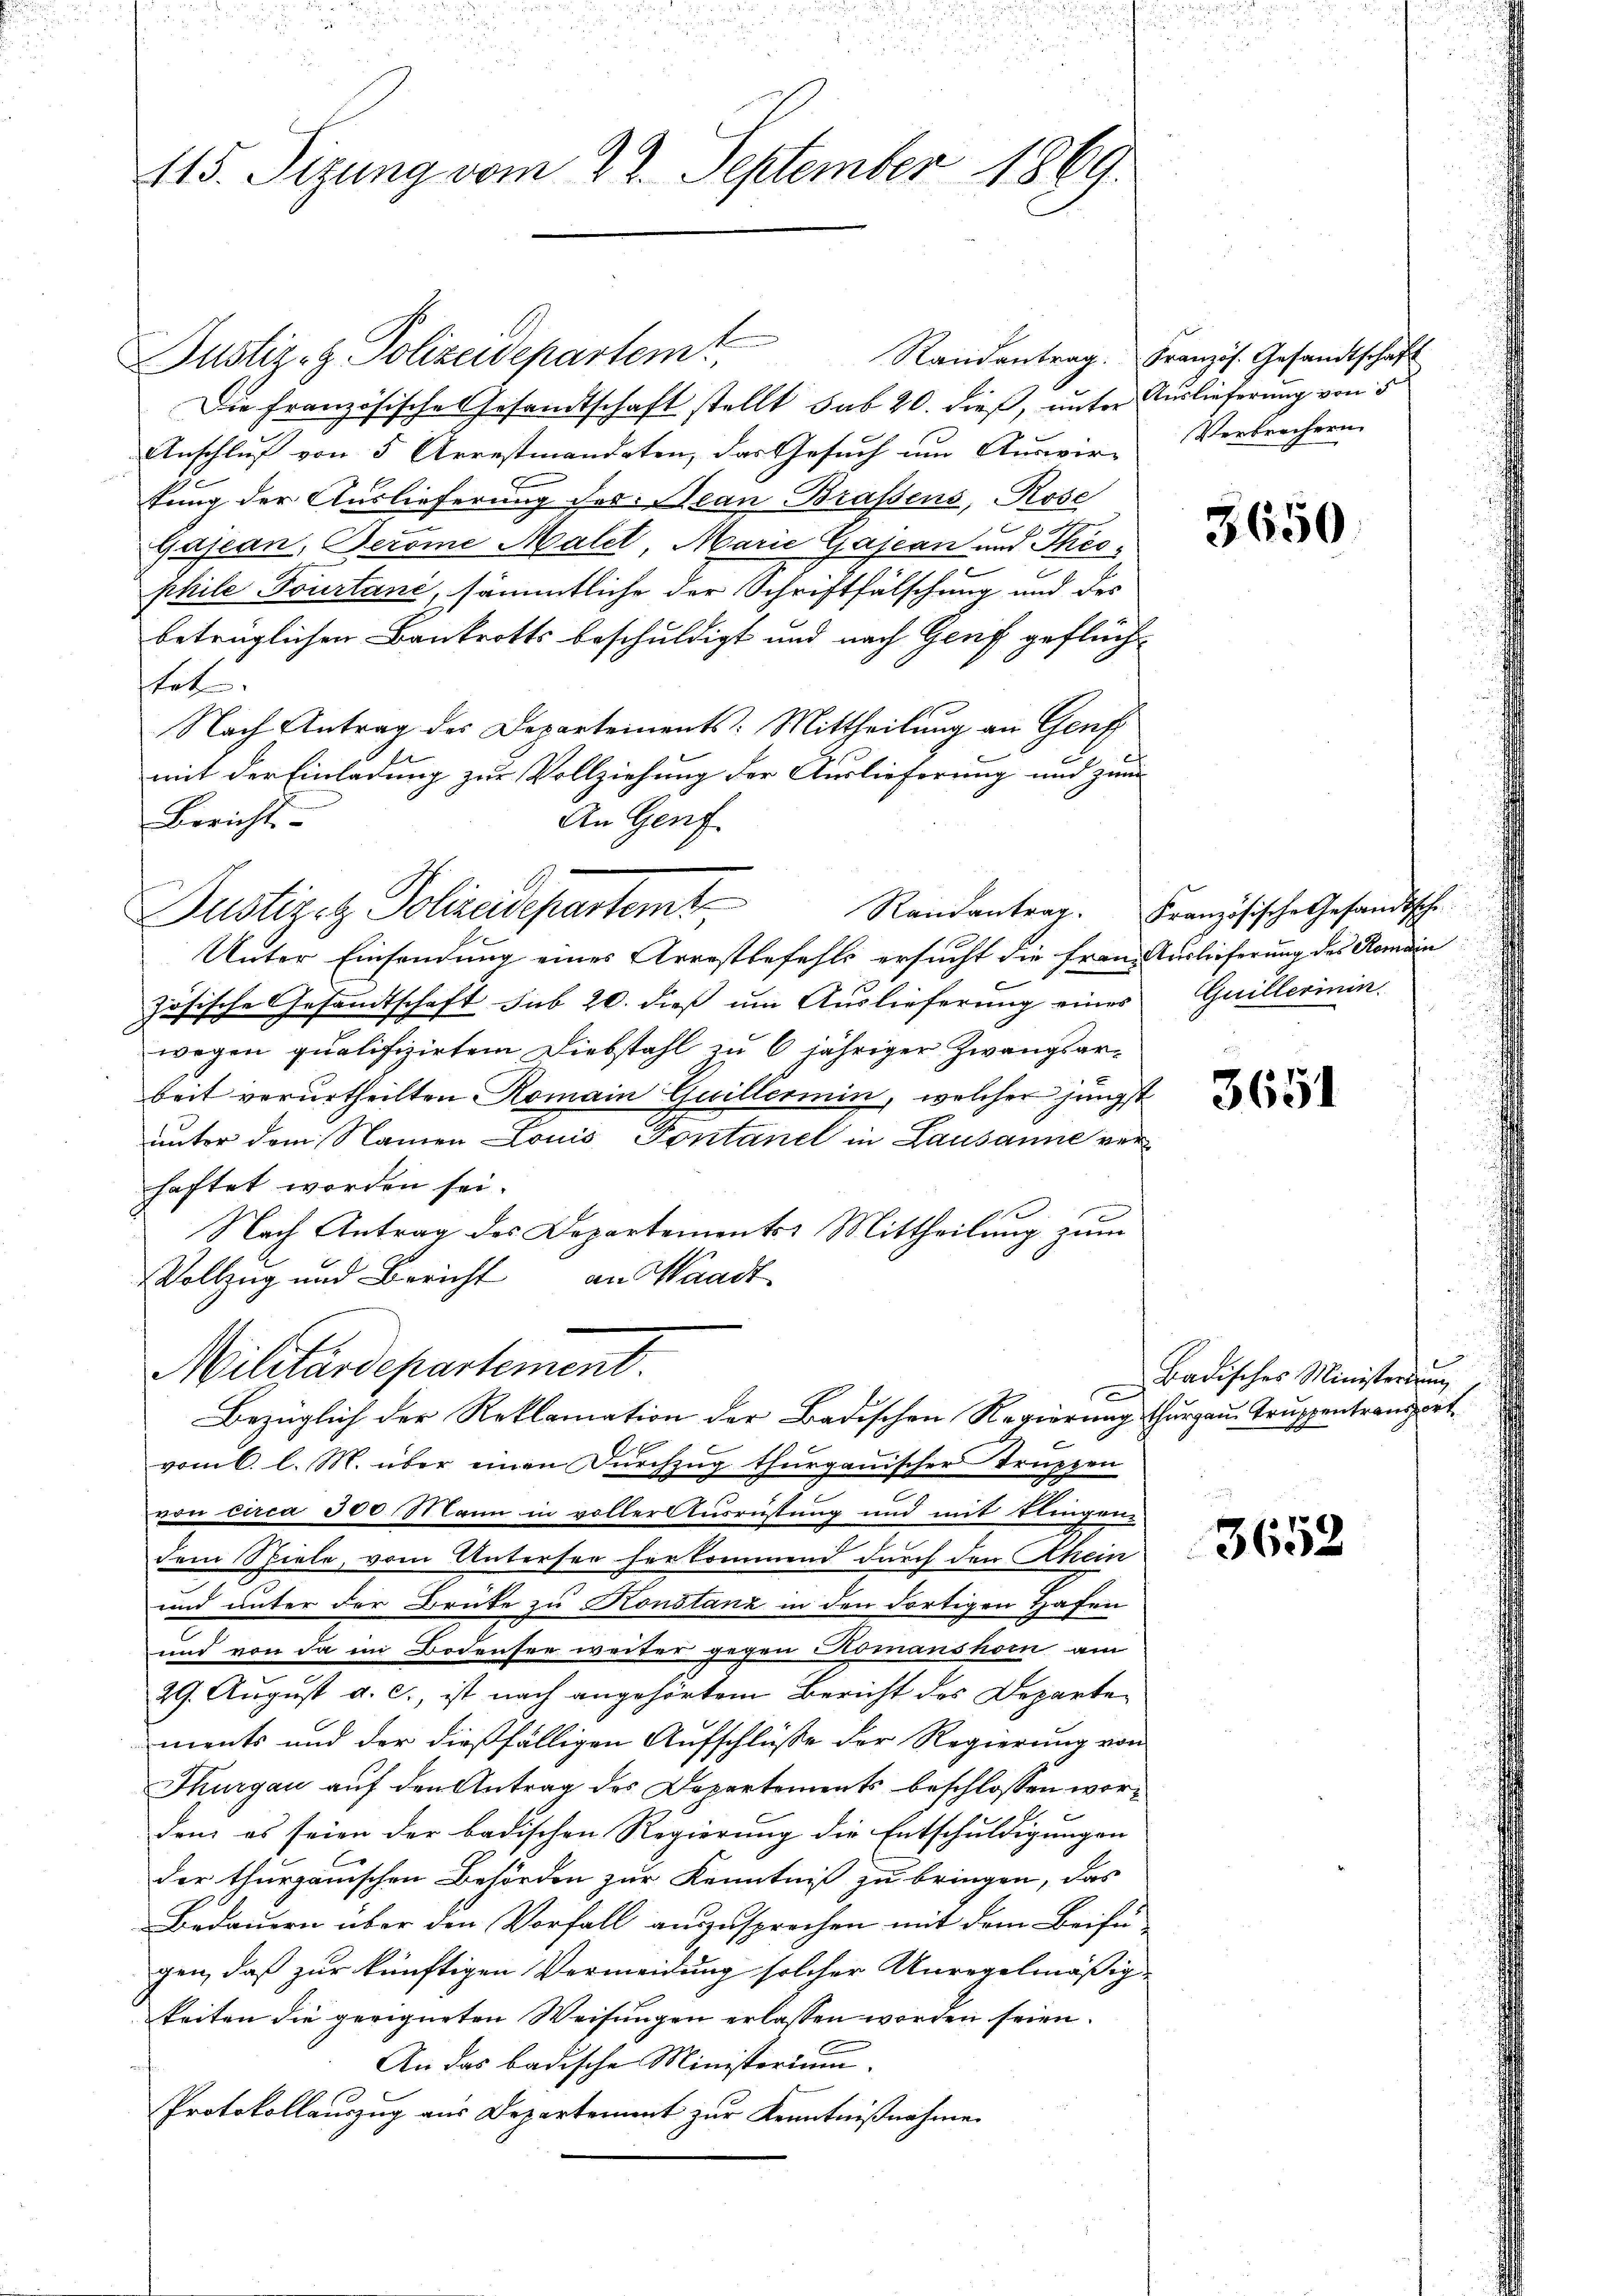
415. Sizung vom 22. September 1869.

Justiz- & Polizeidepartemt.
Die Französische Gesandtschaft stellt sub 20. dieß, unter Auslieferung von 5
Anschluß von 5 Arrestmandaten, das Gesuch um Auswir-
tung der Auslieferung des Jean Brassens, Rose
Gajean, Berome Malet, Marie Gajean und Theo-
phile Tourtani, sämmtliche der Schriftfälschung und der
betrüglichen Bankrotts beschuldigt und nach Genf geflüchtet.
Nach Antrag des Departements: Mittheilung an Genf
mit der Einladung zur Vollziehung der Auslieferung und zum
Berichts-
An Genf.
Unter Einsendung eines Arrestbefehls ersucht die franz Auslieferung des Romain
6
zösische Gesandtschaft sub 20. dieß um Auslieferung eines
e
wegen qualifizirtem Diebstahl zu 6 jähriger Zwangsarbeit verurtheilten Romain Guillermin, welcher jüngst
unter dem Namen Louis Pontane in Lausanne ver
haftet worden sei.
Nach Antrag des Departements Mittheilung zum
Vollzug und Bericht an Waadt
Militärdepartement.
x
Bezüglich der Reklamation der Badischen Regierung Thurgau. Truppentransport
vom 6. l. M. über einen Dŭrchzug thurgauischer Truppen
von circa 300 Mann in voller Ausrüstung und mit klingen
dem Spiele, vom Untersee herkommend durch den Rhein
und unter der Brüke zu Konstanz in den dortigen Hafen
und von da im Bodensee weiter gegen Romanshorn am
29. August a. c., ist nach angehörtem Bericht des Departements und der dießfälligen Aufschlüsse der Regierung von
Thurgau auf den Antrag des Departements beschlossen worden es seien der badischen Regierung die Entschuldigungen
der thurgauischen Behörden zur Kenntniß zu bringen, das
Bedauern über den Vorfall auszusprechen mit dem Beifü
gen, daß zur künftigen Vermeidung solcher Unregelmäßigkeiten die geeigneten Weisungen erlassen worden seien.
An das badische Ministerium.
Protokollauszug aus Departement zur Kenntnißnahme

Justizez Polizeidepartemt

Randantrag. Französ. Gesandtschaft

Verbrechern

Randantrag. Französische Gesandtsche

3650

Guillerinin.

3651

Badisches Ministerium

3652